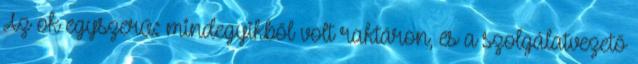
Az ok egyszerű: mindegyikből volt raktáron, és a szolgálatvezető